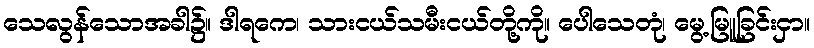
သေလွန်သောအခါ၌။ ဒါရကေ၊ သားငယ်သမီးငယ်တို့ကို။ ပေါသေတုံ၊ မွေ့မြူခြင်းငှာ။